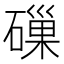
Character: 𥕘